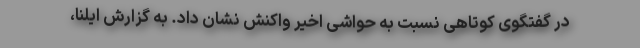
در گفتگوی کوتاهی نسبت به حواشی اخیر واکنش نشان داد. به گزارش ایلنا،